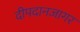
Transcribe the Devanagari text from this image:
दीपदानजागर